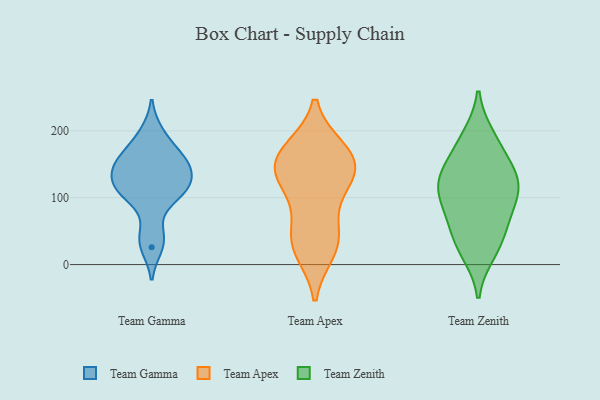
{"axis": {"x": "Satisfaction Score", "y": "Value"}, "legend": ["Team Apex", "Team Gamma", "Team Zenith"], "data": [{"x": "", "y": 111, "type": "Team Gamma"}, {"x": "", "y": 100, "type": "Team Gamma"}, {"x": "", "y": 141, "type": "Team Gamma"}, {"x": "", "y": 119, "type": "Team Gamma"}, {"x": "", "y": 198, "type": "Team Gamma"}, {"x": "", "y": 151, "type": "Team Gamma"}, {"x": "", "y": 169, "type": "Team Gamma"}, {"x": "", "y": 46, "type": "Team Gamma"}, {"x": "", "y": 138, "type": "Team Gamma"}, {"x": "", "y": 112, "type": "Team Gamma"}, {"x": "", "y": 161, "type": "Team Gamma"}, {"x": "", "y": 26, "type": "Team Gamma"}, {"x": "", "y": 146, "type": "Team Apex"}, {"x": "", "y": 129, "type": "Team Apex"}, {"x": "", "y": 132, "type": "Team Apex"}, {"x": "", "y": 172, "type": "Team Apex"}, {"x": "", "y": 171, "type": "Team Apex"}, {"x": "", "y": 46, "type": "Team Apex"}, {"x": "", "y": 25, "type": "Team Apex"}, {"x": "", "y": 164, "type": "Team Apex"}, {"x": "", "y": 21, "type": "Team Apex"}, {"x": "", "y": 144, "type": "Team Apex"}, {"x": "", "y": 107, "type": "Team Apex"}, {"x": "", "y": 48, "type": "Team Apex"}, {"x": "", "y": 190, "type": "Team Zenith"}, {"x": "", "y": 19, "type": "Team Zenith"}, {"x": "", "y": 179, "type": "Team Zenith"}, {"x": "", "y": 117, "type": "Team Zenith"}, {"x": "", "y": 143, "type": "Team Zenith"}, {"x": "", "y": 129, "type": "Team Zenith"}, {"x": "", "y": 86, "type": "Team Zenith"}, {"x": "", "y": 49, "type": "Team Zenith"}, {"x": "", "y": 79, "type": "Team Zenith"}, {"x": "", "y": 33, "type": "Team Zenith"}, {"x": "", "y": 129, "type": "Team Zenith"}, {"x": "", "y": 109, "type": "Team Zenith"}]}